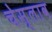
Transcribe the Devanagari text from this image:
चेस्लाव